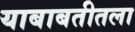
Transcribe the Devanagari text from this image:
याबाबतीतला